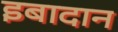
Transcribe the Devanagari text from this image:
इबादान